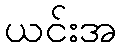
ယင်းအ